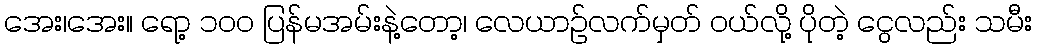
အေး၊အေး။ ရော့ ၁၀၀ ပြန်မအမ်းနဲ့တော့၊ လေယာဉ်လက်မှတ် ဝယ်လို့ ပိုတဲ့ ငွေလည်း သမီး